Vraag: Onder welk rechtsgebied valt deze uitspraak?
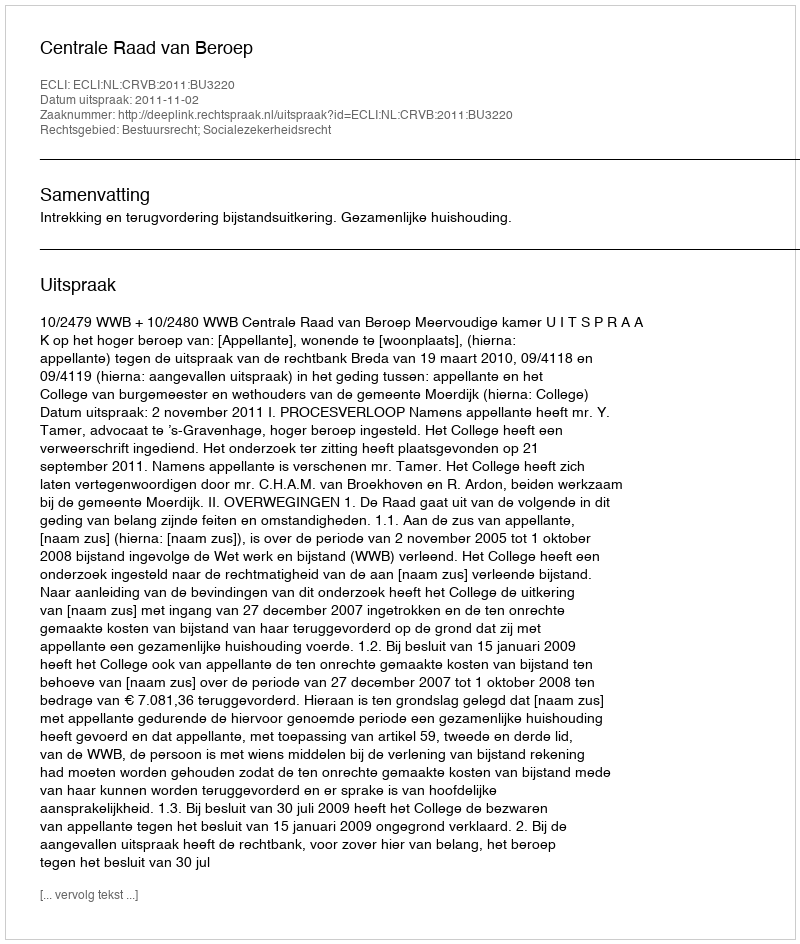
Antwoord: Bestuursrecht; Socialezekerheidsrecht